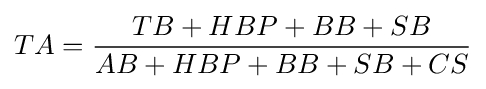
TA={\frac {TB+HBP+BB+SB}{AB+HBP+BB+SB+CS}}